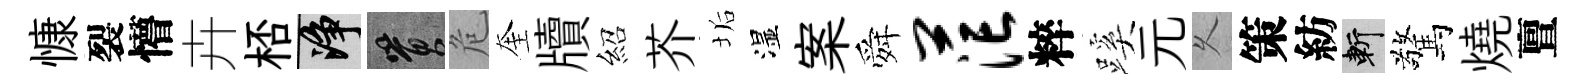
慷裂懵卉桮净篔危奎牘紹芥垢湿案舜茫粹蹊元乆策紡斬驚燒亶